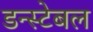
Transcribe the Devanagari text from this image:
डन्स्टेबल